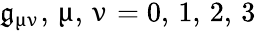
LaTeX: \mathfrak{g}_{\upmu\upnu},\, \upmu,\, \upnu=0,\, 1,\, 2,\, 3